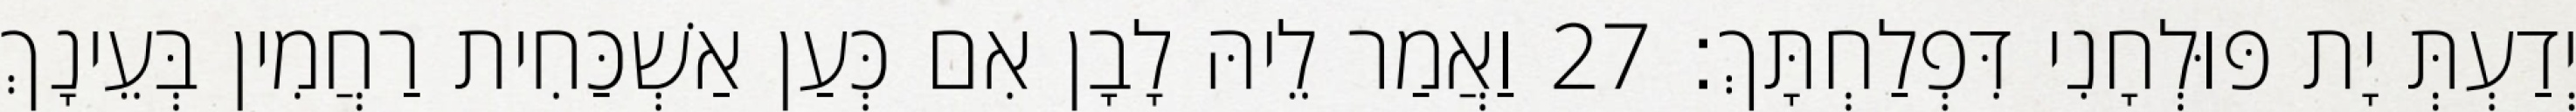
יְדַעְתְּ יָת פּוּלְחָנִי דִּפְלַחְתָּךְ׃ 27 וַאֲמַר לֵיהּ לָבָן אִם כְּעַן אַשְׁכַּחִית רַחֲמִין בְּעֵינָךְ